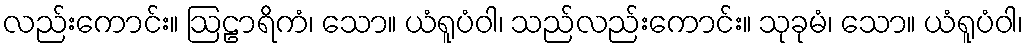
လည်းကောင်း။ ဩဠာရိကံ၊ သော။ ယံရူပံဝါ၊ သည်လည်းကောင်း။ သုခုမံ၊ သော။ ယံရူပံဝါ၊